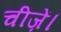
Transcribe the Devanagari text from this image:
चीज़ें।